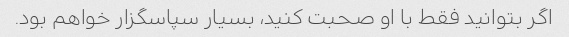
اگر بتوانید فقط با او صحبت کنید، بسیار سپاسگزار خواهم بود.